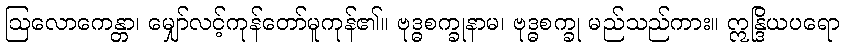
ဩလောကေန္တာ၊ မျှော်လင့်ကုန်တော်မူကုန်၏။ ဗုဒ္ဓစက္ခုနာမ၊ ဗုဒ္ဓစက္ခု မည်သည်ကား။ ဣန္ဒြိယပရော